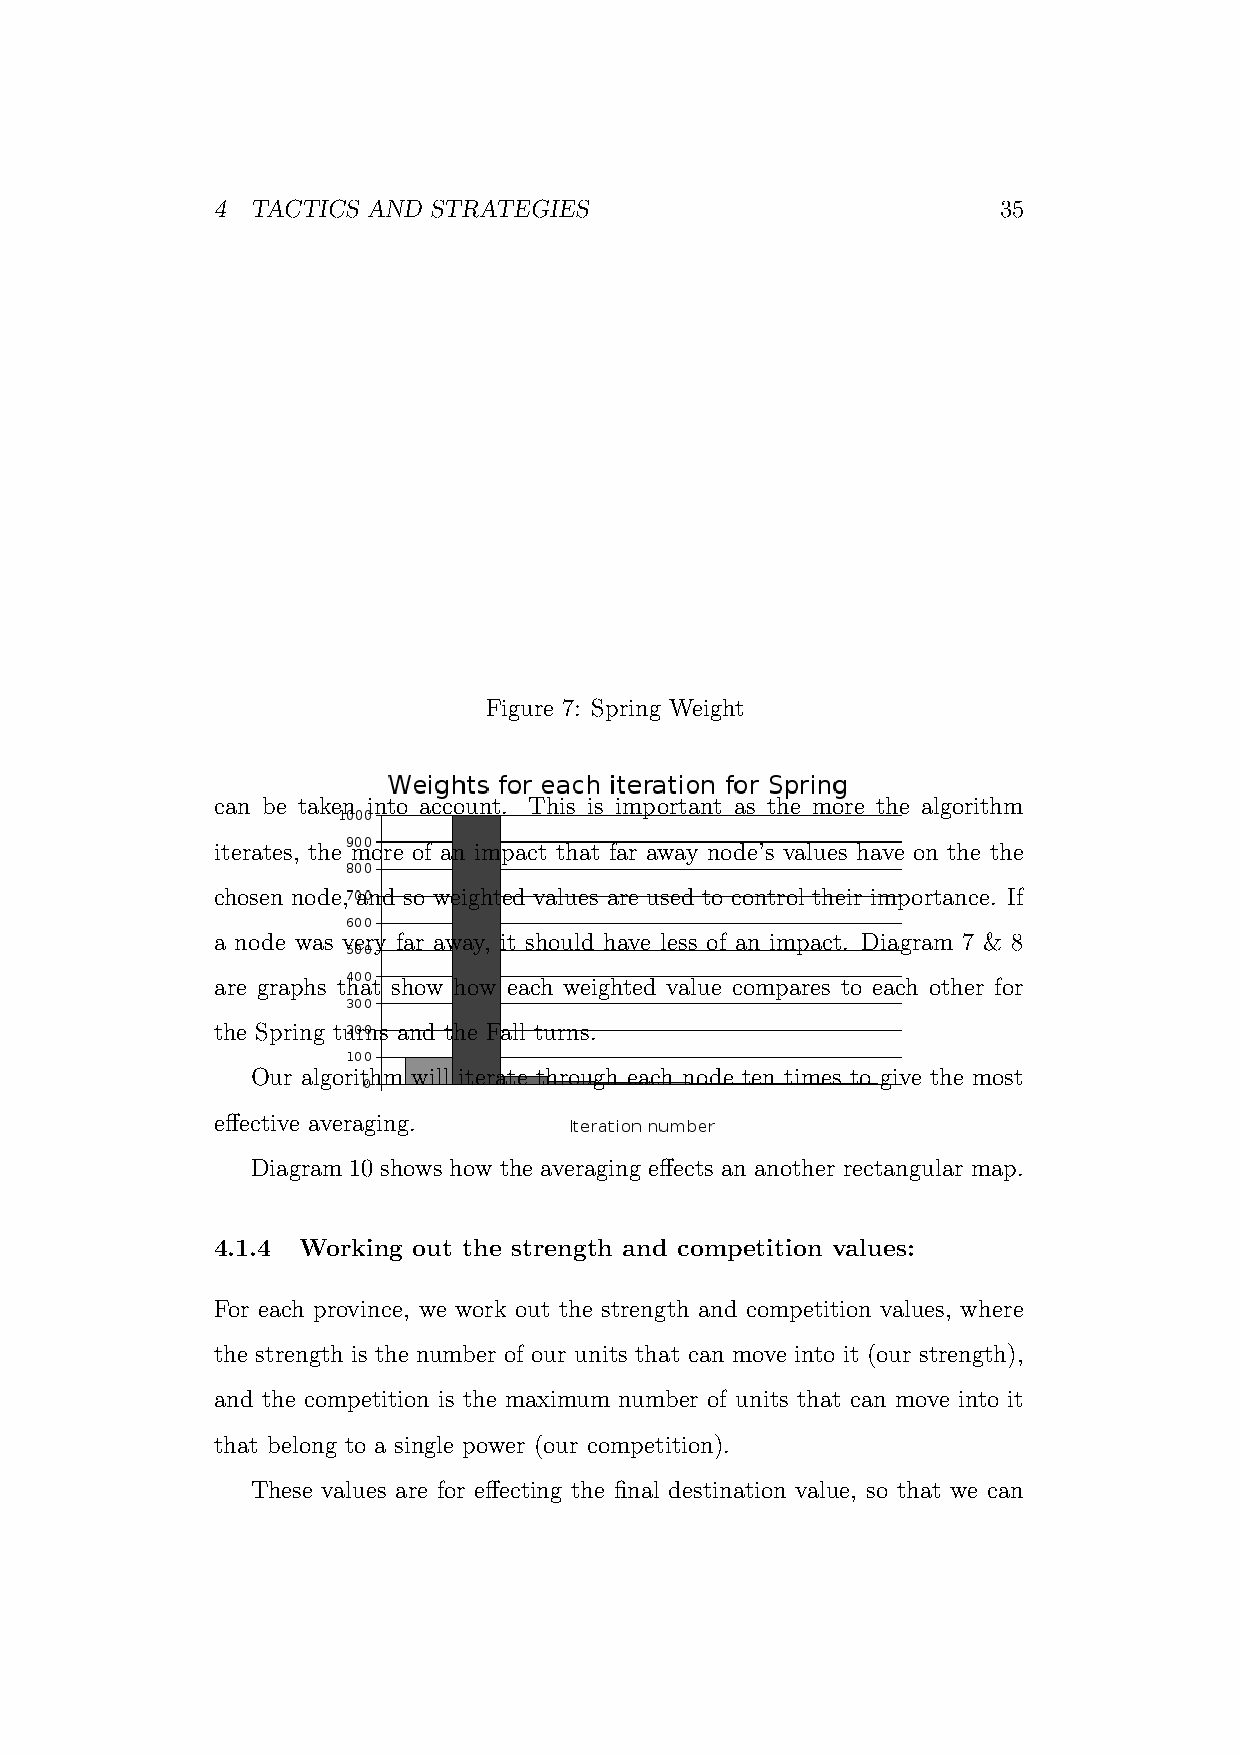
4  TACTICS AND STRATEGIES                           35
 Figure 7: Spring Weight
 can be taken into account. This is important as the more the algorithm
 iterates, the more of an impact that far away node’s values have on the the
 chosen node, and so weighted values are used to control their importance. If
 a node was very far away, it should have less of an impact. Diagram 7 & 8
 are graphs that show how each weighted value compares to each other for
 the Spring turns and the Fall turns.
 Our algorithm will iterate through each node ten times to give the most
 effective averaging.
 Diagram 10 shows how the averaging effects an another rectangular map.
 4.1.4 Working out the strength and competition values:
 For each province, we work out the strength and competition values, where
 the strength is the number of our units that can move into it (our strength),
 and the competition is the maximum number of units that can move into it
 that belong to a single power (our competition).
 These values are for effecting the final destination value, so that we can